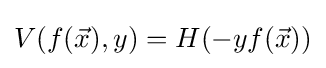
V(f({\vec {x}}),y)=H(-yf({\vec {x}}))